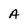
Character: A